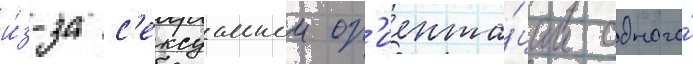
и́з-за с'ексуальнои ор'иента́ции одного́